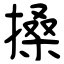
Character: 搡